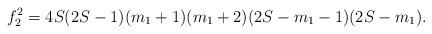
LaTeX: \begin{align*} f_2^2= 4S(2S-1)(m_1 +1)(m_1 +2)(2S-m_1-1)(2S-m_1) .\end{align*}